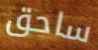
ساحق